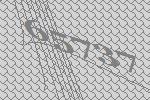
65737